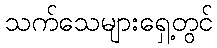
သက်သေများရှေ့တွင်